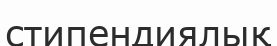
стипендиялық